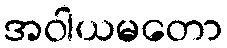
အဝါယမတော